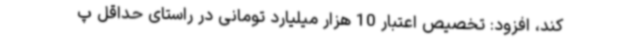
کند، افزود: تخصیص اعتبار 10 هزار میلیارد تومانی در راستای حداقل پ